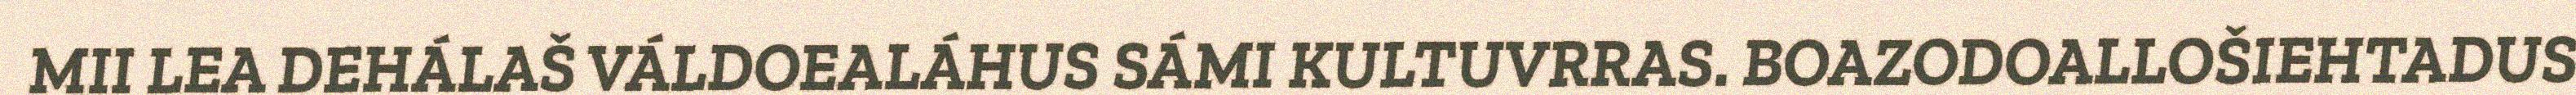
MII LEA DEHÁLAŠ VÁLDOEALÁHUS SÁMI KULTUVRRAS. BOAZODOALLOŠIEHTADUS